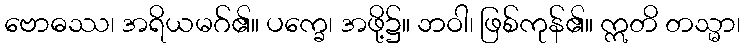
ဗောဓဿ၊ အရိယမဂ်၏။ ပက္ခေ၊ အဖို့၌။ ဘဝါ၊ ဖြစ်ကုန်၏။ ဣတိ တသ္မာ၊